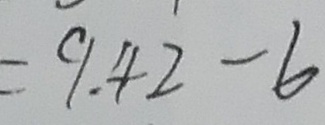
= 9 . 4 2 - 6